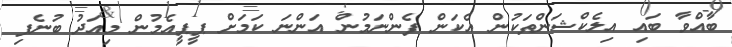
ބާއްވާ ބައި އިލެކްޝަންތަކުން އެކަން ފެންނަމުން އަންނަ ކަމަށް ޕީޕީއެމުން މިއަދު ބުނެފި